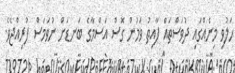
ހަލުވި މިނެއްގައި ދުވަސްތައް ފާއިތު ވަމުން ގޮސް އަސްމާގެ ބަނޑަށް ނުވަމަސް ފުރިއްޖެވެ.